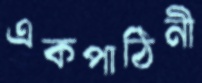
একপাঠিনী